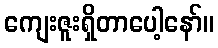
ကျေးဇူးရှိတာပေါ့နော်။